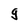
Character: 9